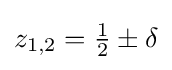
z_{1,2}={\tfrac {1}{2}}\pm \delta